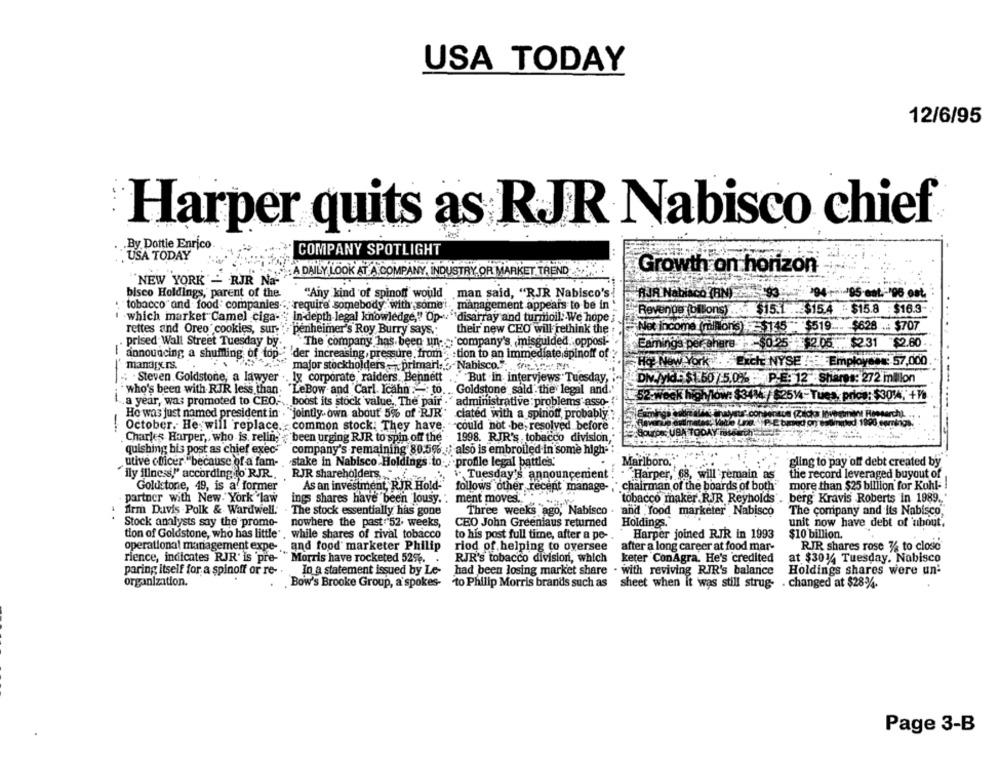
USA TODAY
12/6/95
Harper quits as RJR Nabisco chief
By Dottie Enrico
COMPANY SPOTLIGHT
. USA TODAY
A DAILY LOOK AT A COMPANY, INDUSTRY, OR MARKET TREND
Growth on horizon
"NEW YORK - RJR Na-
bisco Holdings, parent of the
"Any kind of spinoff would
.man said, "RJR Nabisco's
BIR Nabisco (BN):20 93 : 294 195 est .- '06 out.
tobacco" and food: companies
"require somebody with some ;. management appears to be in
Revenge ofbons? .... $15.1 . $154
- $15.8 : $16.3-
which market Camel ciga-
In-depth legal knowledge ,! Op -.
`disarray and turmoil: We hope
$628 .. $707.
rettes and Oreo' cookies, sur-
`penheimer's Roy Burry says.
their new CEO will rethink the
Not incoma (millons)5,145 - $519.
prised Wall Street Tuesday by
The company has been un- > company's ,misguided opposi-
Earnings per chers : - $0.25 1 2.05 .. $231 $2.60
announcing a shuffling of top
der increasing, pressure, from" tion to an immediate spinoff of
mandpers.
major stockholders -primail Nabisco."
HO NOW York . Excl NYSE
Excl NYSE / Employees: 57,000
avenE 57,000
. Steven Goldstone, a lawyer
lx corporate raiders. Bennett
But in interviews Tuesday,
DMV/yid: $1.50/5.0% P.E: 12 Shares: 272 million
who's been with RJR less than
"LeBow and Carl Icahn :- to
Goldstone sald . the legal and.
52-week high/low: $3414 / $2514- Tues price: $3014, +1
----
a year, was promoted to CEO .-..
boost its stock value. The pair .'
administrative : problems asso-{
Ho was just named president in . "jointly own about 5% of RJR"
ciated with a spinoff, probably
(Zilda Investment Reesarch).
October. He will replace. : common stock: They have.
could not be, resolved before
---
ourDer UBA TODAY
Charles Harper ,, who is. reling','been urging RJR to spin off the
1998. RJR's tobacco division,
quishing bis post as chief exec-
company's remaining 80.5% :; also is embroiled in some high-
utive officer "because of a fam-
stake in Nabisco Holdings to- profile legal battle's."
Marlboro.
gling to pay 'off debt created by
"ily illness," according to RJR ..
RJR shareholders.
Tuesday's announcenient
Harper, 68, will remain as
the record leveraged buyout of
Goldstone, 49, is a former
As an investment, RJR Hold-
follows other recept manage- " chairman of the boards of both"
more than $25 billion for Kohl-
partner with New York law
ings shares have been lousy. : ment moves .. "
tobacco maker.RJR Reynolds'. berg Kravis Roberts in 1989.
Three weeks ago, Nabisco
irm Davis Polk & Wardwell.
The stock essentially has gone
and food marketer Nabisco
The company and its Nabisco
Stock analysts say the promo-
nowhere the past: 52. weeks,
CEO John Greeniaus returned
Holdings.
unit now have debt of 'about.
tion of Goldstone, who has little' , while shares of rival tobacco
to his post full time, after a pe-
Harper joined RJR in 1993
$10 billion.
operational management expe-
and food marketer Philip
riod of helping to oversee
after a long career at food mar-
RJR shares rose 76 to close
rience, indicates RJR' is pre-
Morris have rocketed 52%.
RJR's tobacco division, which
keter ConAgra. He's credited
at $301/4 Tuesday. Nabisco
paring itself for a spinoff or re-
In a statement issued by Le-
had been losing market share . with reviving RIR's balance
Holdings shares were un'
organization.
Bow's Brooke Group, a spokes-
to Philip Morris brands such as sheet when it was still strug- . changed at $28%.
Page 3-B